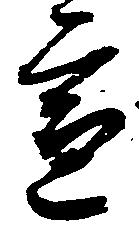
宣